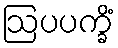
ဩပပက္ခိံ